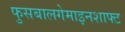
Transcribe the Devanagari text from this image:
फुसबालगेमाइनशाफ्ट